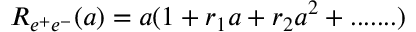
R _ { e ^ { + } e ^ { - } } ( a ) = a ( 1 + r _ { 1 } a + r _ { 2 } a ^ { 2 } + . . . . . . . )